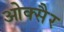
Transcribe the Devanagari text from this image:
ओक्सैर